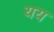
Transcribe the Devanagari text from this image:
यय